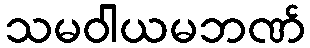
သမဝါယမဘဏ်